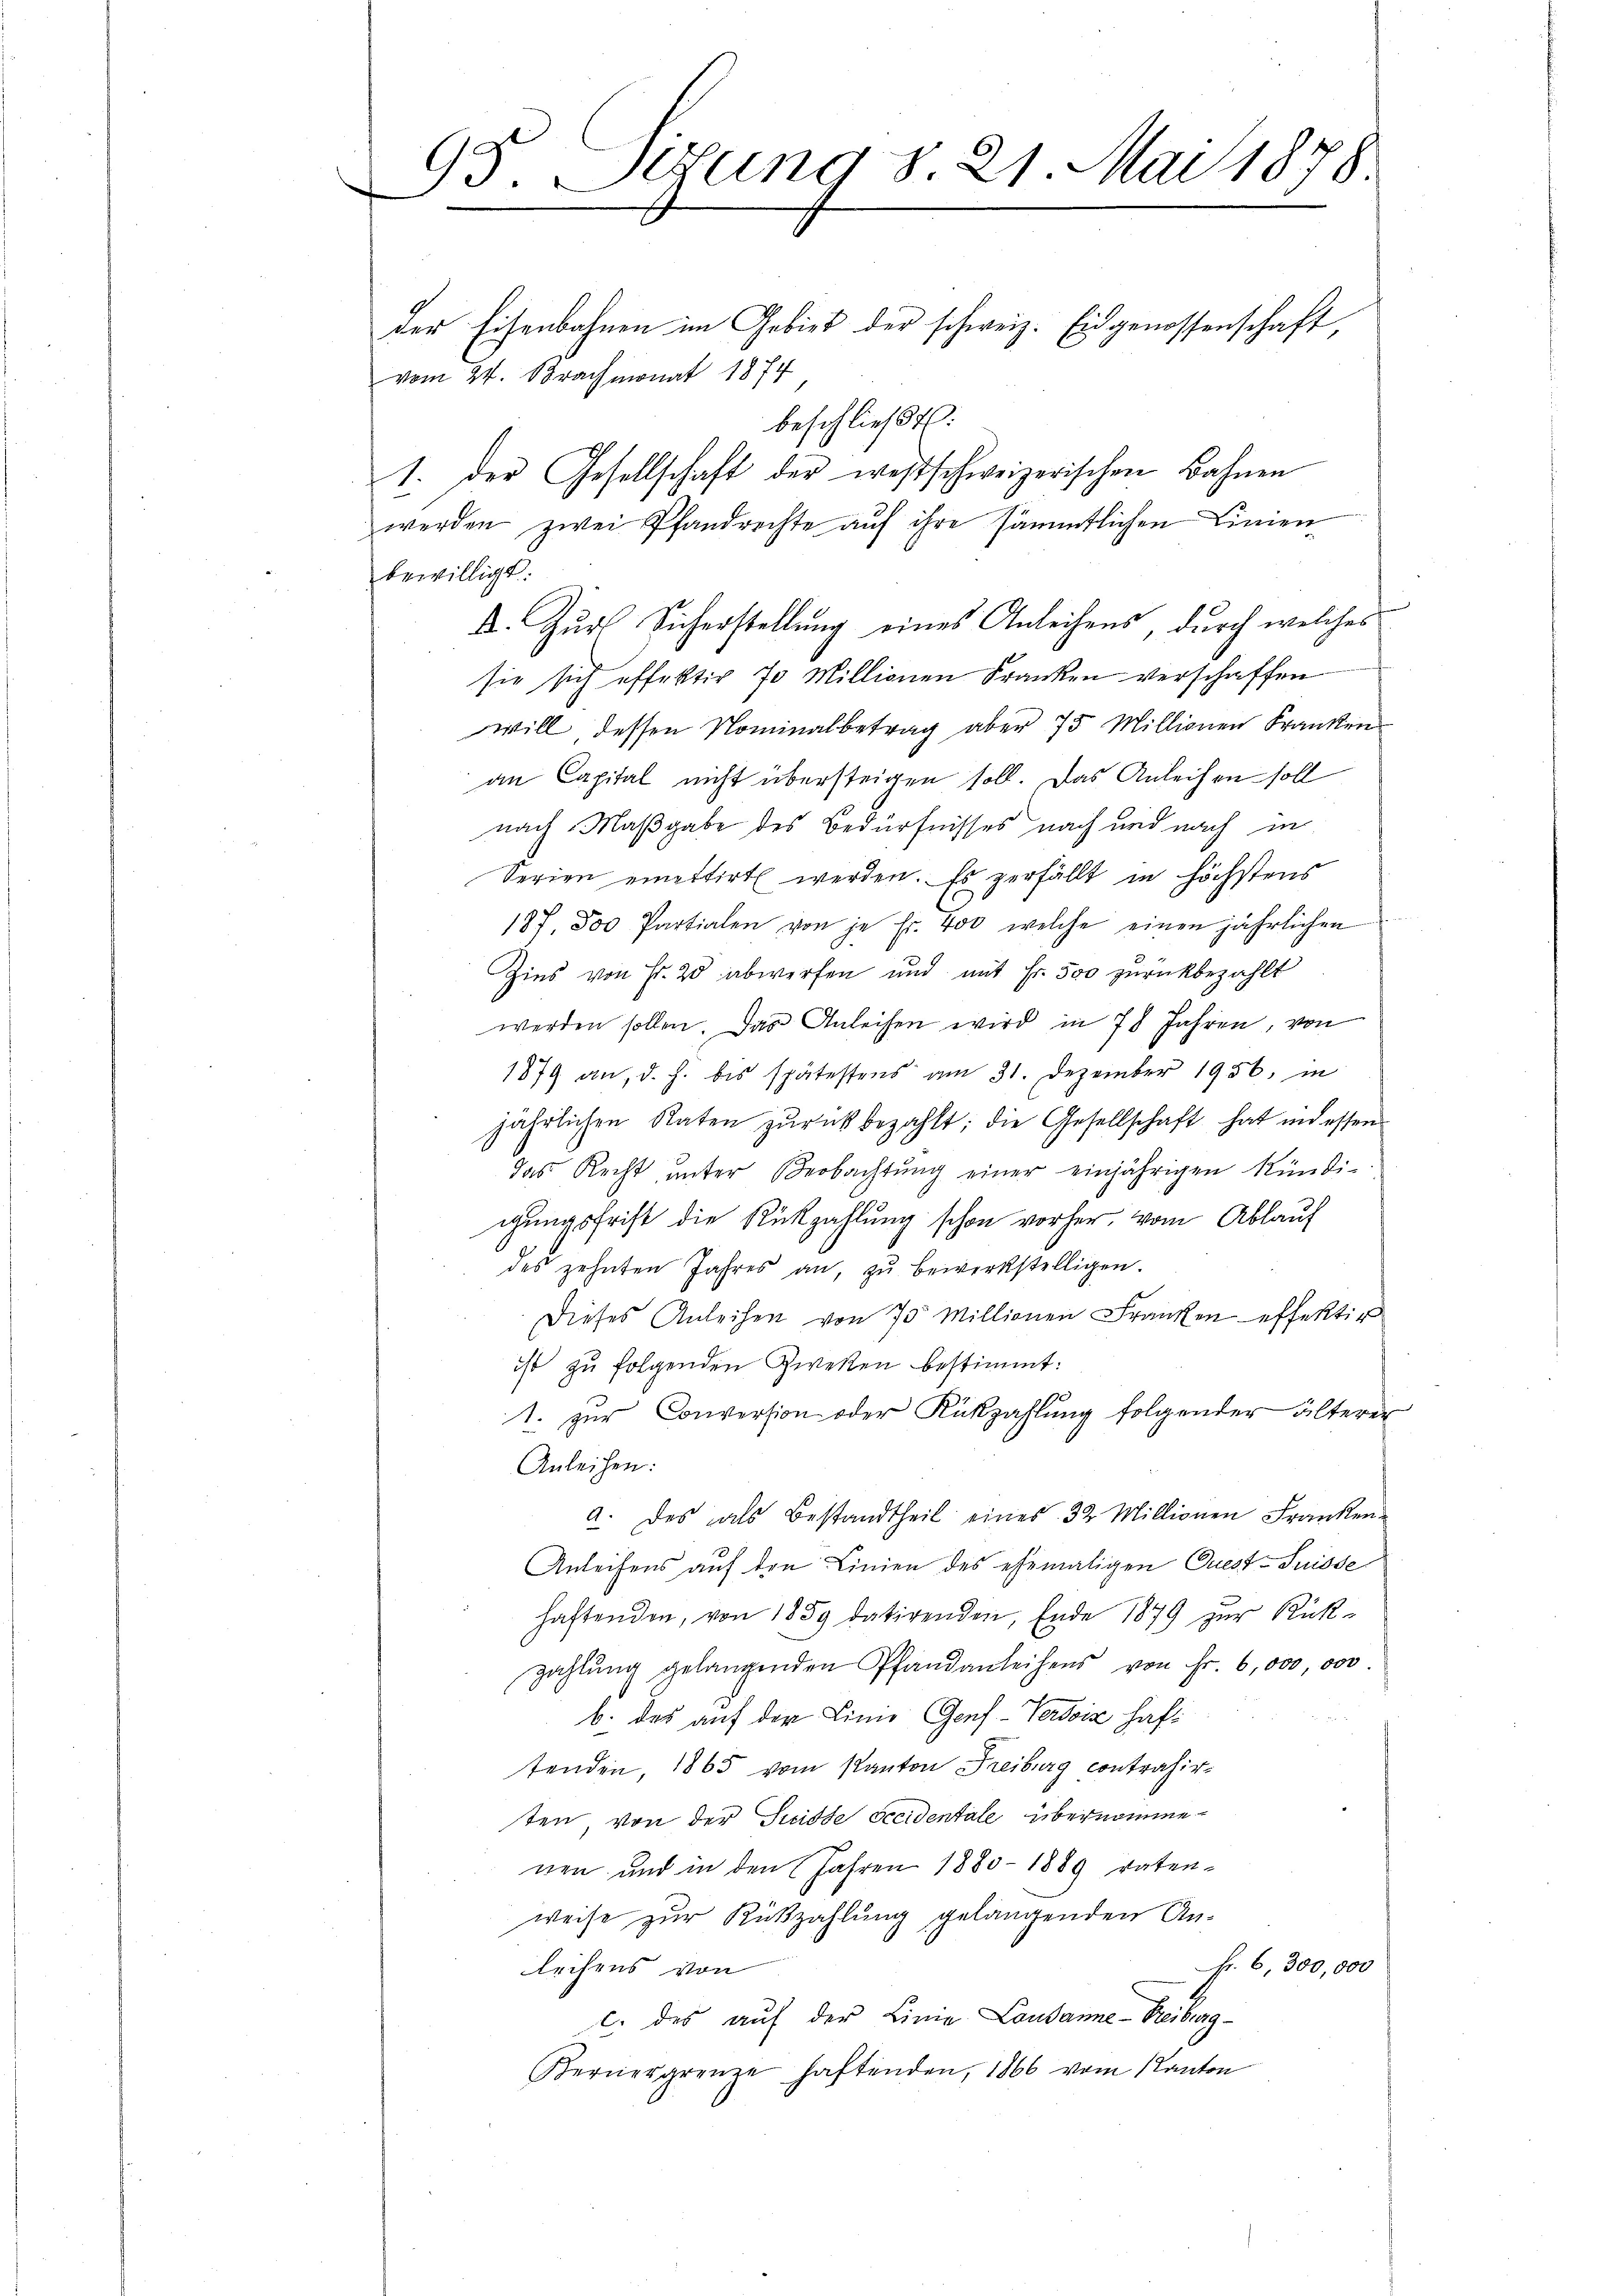
93. Setzung § 21 Mai 1878.

der Eisenbahnen im Gebiet der schweiz. Eidgenossenschaft
vom 24. Brachmonat 1874
beschließt:
1. Der Gesellschaft der westschweizerischen Bahnen
werden zwei Pfandrechte auf ihre sämmtlichen Linien
bewilligt.
A. Zur Sicherstellung eines Anleihens, durch welches
sie sich effektir 70 Millionen Kranken verschaffen
will dessen Nominalbetrag aber 75 Millionen Franken
an Capital nicht übersteigen soll. Das Anleihen soll
nach Maßgabe des Bedürfnisses nach und nach in
Serien einettirt werden. Es zerfällt in höchstens
187. 800 Partialen von je Fr. 400, welche einen jährlichen
Zins von Fr. 20 abwerfen und mit Fr. 500 zurückbezahlt
werden sollen. Das Anleihen wird in 78 Jahren, von
1879 an, d. h. bis spätestens am 31. Dezember 1956, in
jährlichen Raten zŭrückbezahlt; die Gesellschaft hat indessen
das Recht ŭnter Beobachtŭng einer einjährigen Kündi-
igungsfrist die Rückzahlung schon vorher, vom Ablauf
des zehnten Jahres an, zŭ bewerkstelligen.
Dieses Anleihen von 75 Millionen Franken effektir
ist zu folgenden Zweken bestimmt:
1. zur Conversion oder Rückzahlung folgender älterer
Anleihen:
a. des als Bestandtheil eines 32 Millionen Franken
Anleihens auf den Linien des ehemaligen Quest-Suisse
haftenden, von 1859 datirenden, Ende 1879 zur Rück-
zahlŭng gelangenden Pfandanleihens von Fr. 6,000 000
b. das auf der Linie Genf-Verdoiz haftenden, 1865 vom Kanton Freiburg contrahirten von der Suidte occidentale übernommenen und in den Jahren 1880 - 1889 vaten-
weise zur Rükzahlung gelangenden Anfr. 6, 300,000
leihens von
c. des auf der Linie Lausanne-Freiburg-
Bernergrenze haftenden, 1866 vom Kanton